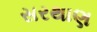
સરથાણ